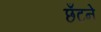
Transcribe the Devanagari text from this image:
छँटने